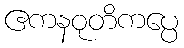
ဧကနဝုတိကပ္ပေ